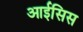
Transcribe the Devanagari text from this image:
आईसिस